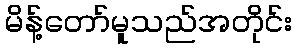
မိန့်တော်မူသည်အတိုင်း